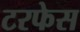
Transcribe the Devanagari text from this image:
टरफेस